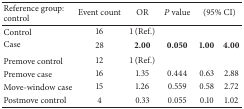
<table><thead><tr><td><b>Reference group: control</b></td><td><b> Event count</b></td><td><b>OR</b></td><td><b><i>P</i> value</b></td><td colspan="2"><b>(95% CI)</b></td></tr></thead><tbody><tr><td>Control</td><td>16</td><td>1 (Ref.)</td><td>[EMPTY_CELL]</td><td>[EMPTY_CELL]</td><td>[EMPTY_CELL]</td></tr><tr><td>Case</td><td>28</td><td><b>2.00</b></td><td><b>0.050</b></td><td><b>1.00</b></td><td><b>4.00</b></td></tr><tr><td>Premove control</td><td>12</td><td>1 (Ref.)</td><td>[EMPTY_CELL]</td><td>[EMPTY_CELL]</td><td>[EMPTY_CELL]</td></tr><tr><td>Premove case</td><td>16</td><td>1.35</td><td>0.444</td><td>0.63</td><td>2.88</td></tr><tr><td>Move-window case</td><td>15</td><td>1.26</td><td>0.559</td><td>0.58</td><td>2.72</td></tr><tr><td>Postmove control</td><td>4</td><td>0.33</td><td>0.055</td><td>0.10</td><td>1.02</td></tr></tbody></table>